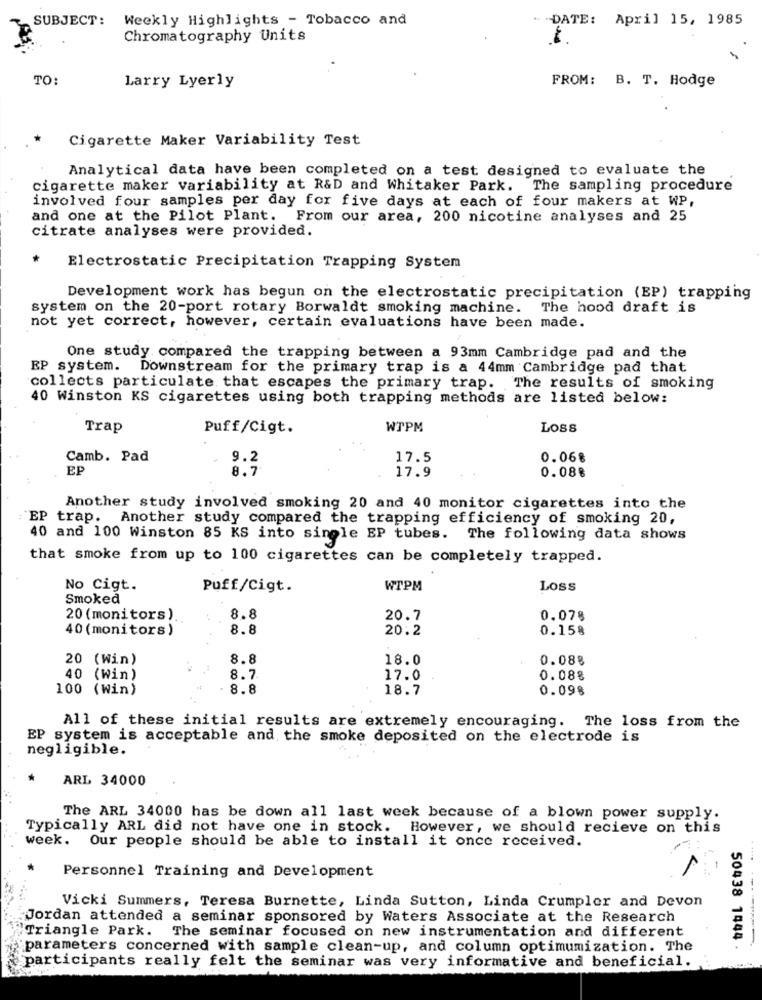
SUBJECT:
Weekly Highlights - Tobacco and
" DATE: April 15, 1985
Chromatography Units
TO:
FROM: B. T. Hodge
Larry Lyerly
Cigarette Maker Variability Test
Analytical data have been completed on a test designed to evaluate the
cigarette maker variability at R&D and Whitaker Park. The sampling procedure
involved four samples per day for five days at each of four makers at WP,
and one at the Pilot Plant. From our area, 200 nicotine analyses and 25
citrate analyses were provided.
Electrostatic Precipitation Trapping System
Development work has begun on the electrostatic precipitation (EP) trapping
system on the 20-port rotary Borwaldt smoking machine. The hood draft is
not yet correct, however, certain evaluations have been made.
One study compared the trapping between a 93mm Cambridge pad and the
EP system. Downstream for the primary trap is a 44mm Cambridge pad that
collects particulate that escapes the primary trap. The results of smoking
40 Winston KS cigarettes using both trapping methods are listed below:
Trap
Puff/Cigt.
WTPM
LOSS
Camb. Pad
9.2
17.5
0.06%
EP
8.7
17.9
0.08%
Another study involved smoking 20 and 40 monitor cigarettes into the
: EP trap. Another study compared the trapping efficiency of smoking 20,
40 and 100 Winston 85 KS into single EP tubes. The following data shows
that smoke from up to 100 cigarettes can be completely trapped.
No Cigt.
Puff/Cigt.
WTPM
LOSS
Smoked
20 (monitors)
8.8
20.7
0.078
40 (monitors)
8.8
20.2
0.158
20 (Win)
8.8
18.0
0.088
40 (Win)
8.7
17.0
0.088
100 (Win)
8.8
18.7
0.098
All of these initial results are extremely encouraging. The loss from the
EP system is acceptable and the smoke deposited on the electrode is
negligible.
ARL 34000
The ARL 34000 has be down all last week because of a blown power supply.
Typically ARL did not have one in stock. However, we should recieve on this
week. Our people should be able to install it once received.
-
Personnel Training and Development
Vicki Summers, Teresa Burnette, Linda Sutton, Linda Crumpler and Devon
Jordan attended a seminar sponsored by Waters Associate at the Research
Triangle Park. The seminar focused on new instrumentation and different
parameters concerned with sample clean-up, and column optimumization. The
50438 1444 .
participants really felt the seminar was very informative and beneficial.